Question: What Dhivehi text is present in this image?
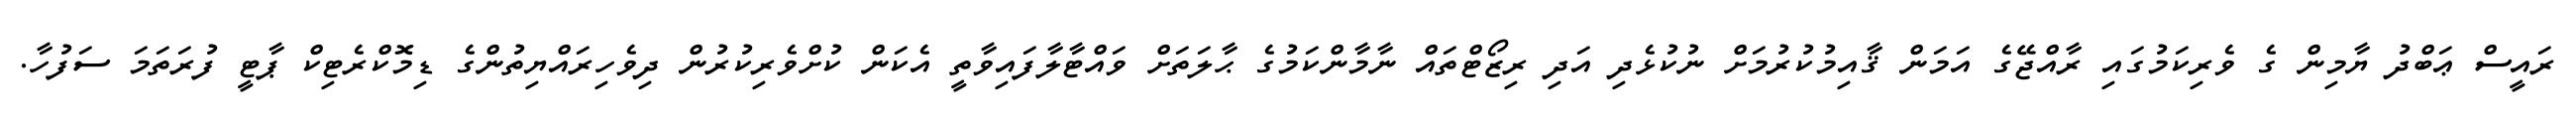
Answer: ރައީސް ޢަބްދު ޔާމިން ގެ ވެރިކަމުގައި ރާއްޖޭގެ އަމަން ޤާއިމުކުރުމަށް ނުކުޅެދި އަދި ރިޒޯޓްތައް ނާމާންކަމުގެ ޙާލަތަށް ވައްޓާލާފައިވާތީ އެކަން ކުށްވެރިކުރުން ދިވެހިރައްޔިތުންގެ ޑިމޮކްރެޓިކް ޕާޓީ ފުރަތަމަ ސަފުހާ.